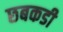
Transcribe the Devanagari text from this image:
छबकडी